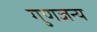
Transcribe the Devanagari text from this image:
गुणजन्य